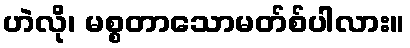
ဟဲလို၊ မစ္စတာသောမတ်စ်ပါလား။